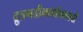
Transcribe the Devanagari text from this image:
द्रुतगतीमार्गालगतची